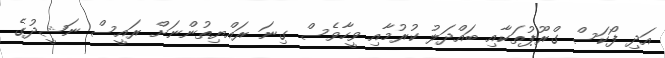
އަދި ފޯކަސް ގްރޫޕުތަކާއި ބައްދަލު ކުރުމާއި ވީހާވެސް ގިނަ ރައްޔިތުންނަށް ރައީސް ނަޝީދުގެ